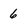
Character: 6